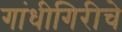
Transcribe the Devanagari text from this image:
गांधीगिरीचे